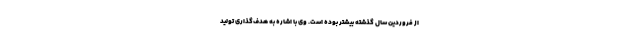
از فروردین سال گذشته بیشتر بوده است. وی با اشاره به هدف‌گذاری تولید